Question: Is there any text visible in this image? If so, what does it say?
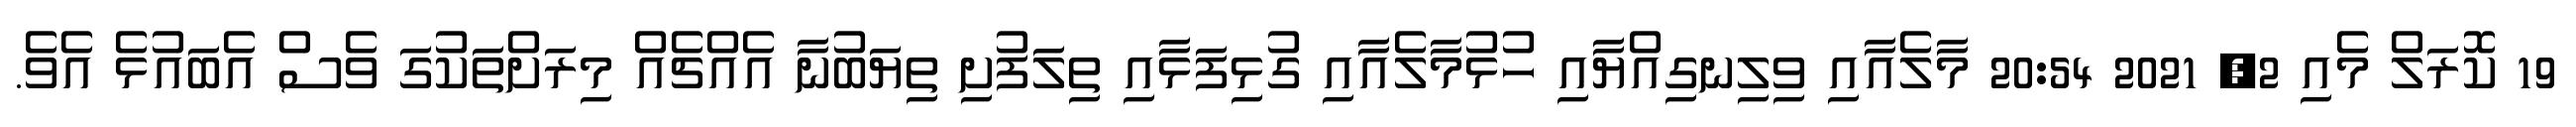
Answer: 19 ކޮރަލް މެއި 2, 2021 20:54 މާލެއާއި ވިލިނގިއްޔާއި ހުޅުމާލެއާއި ގުޅިފަޅާއި ތިލަފުށި ތިޔަބުނާ އެއްޗެއް މިރަށްތަކުގަ ވެސް އެބައުޅެ އެވެ.